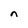
Character: n